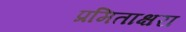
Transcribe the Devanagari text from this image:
प्रमिताक्षरा